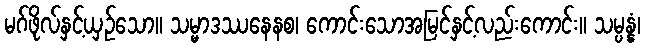
မဂ်ဖိုလ်နှင့်ယှဉ်သော။ သမ္မာဒဿနေနစ၊ ကောင်းသောအမြင်နှင့်လည်းကောင်း။ သမ္ပန္နံ၊